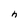
Character: h